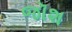
જૉશ